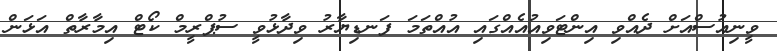
ވީނިއުސްއަށް ދެއްވި އިންޓަވިއުއެއްގައި އުއްތަމަ ފަނޑިޔާރު ވިދާޅުވީ ސުޕްރީމް ކޯޓް އިމާރާތް އަޅަން